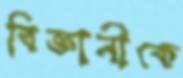
বিজ্ঞানীকে